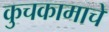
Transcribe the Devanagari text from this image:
कुचकामाचे